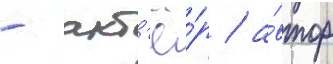
- акт'ё́р / а́втор